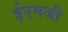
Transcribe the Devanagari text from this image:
ईएमजी